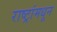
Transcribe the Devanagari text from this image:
राष्ट्रांमधून